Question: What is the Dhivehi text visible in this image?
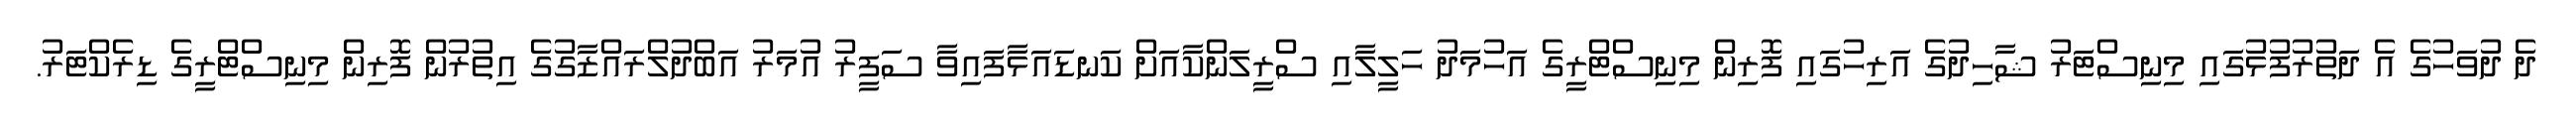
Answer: ދެ ދުވަހުގެ އެ ދަތުރުފުޅުގައި މިނިސްޓަރު ޝާހިދުގެ އަރިހުގައި ފޮރިން މިނިސްޓްރީގެ އަހުމަދު ހަލީލާއި ސްރީލަންކާއަށް ކަނޑައަޅާފައިވާ ސަފީރު އުމަރު އަބްދުލްރައްޒާގުގެ އިތުރުން ފޮރިން މިނިސްޓްރީގެ ޑިރެކްޓަރު.